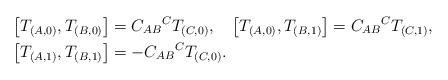
LaTeX: \begin{align*}\left[ T_{(A,0)},T_{(B,0)}\right] & =C_{AB}{}^{C}T_{(C,0)},\quad\left[T_{(A,0)},T_{(B,1)}\right] =C_{AB}{}^{C}T_{(C,1)},\\\quad\left[ T_{(A,1)},T_{(B,1)}\right] & =-C_{AB}{}^{C}T_{(C,0)}.\end{align*}